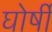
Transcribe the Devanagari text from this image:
घोर्षी